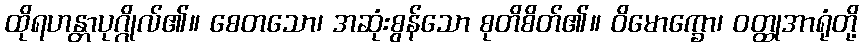
ထိုရဟန္တာပုဂ္ဂိုလ်၏။ စေတသော၊ အဆုံးစွန်သော စုတိစိတ်၏။ ဝိမောက္ခော၊ ဝတ္ထုအာရုံတို့